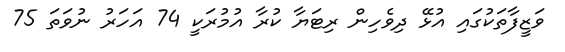
ވަޒީފާތަކުގައި އުޅޭ ދިވެހިން ރިޓަޔާ ކުރާ އުމުރަކީ 74 އަހަރު ނުވަތަ 75